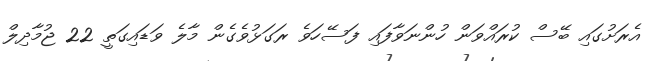
އެރަށުގައި ބޭސް ކުރައްވަން ހުންނަވާފައި ފަސޭހަވެ ރަގަޅުވެގެން މާލެ ވަޑައިގަތީ 22 ޖުމާދިލް